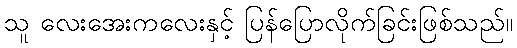
သူ လေးအေးကလေးနှင့် ပြန်ပြောလိုက်ခြင်းဖြစ်သည်။